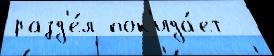
разд'е́л пок'ида́ет